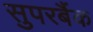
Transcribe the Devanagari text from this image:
सुपरबैंक